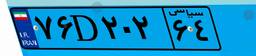
۹۵D۴۹۵۲۰